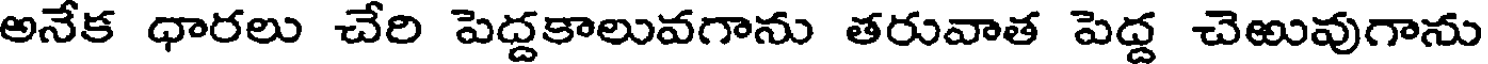
అనేక ధారలు చేరి పెద్దకాలువగాను తరువాత పెద్ద చెఱువుగాను